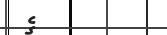
ގެ